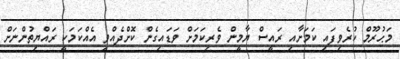
މަޙުރޫމް ކުރެވިފައި ކަމަށާއި ރައީސް ޔާމީން ވެރިކަމަށް ވަޑައިގެން ކޮށްދެއްވި އެއްކަމަކީ ރައްޔިތުންނަށް